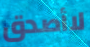
لاأصدق